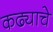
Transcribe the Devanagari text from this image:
कढ्याचे